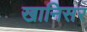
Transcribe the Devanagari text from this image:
खानिसर